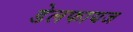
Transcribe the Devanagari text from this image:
डेलफायज